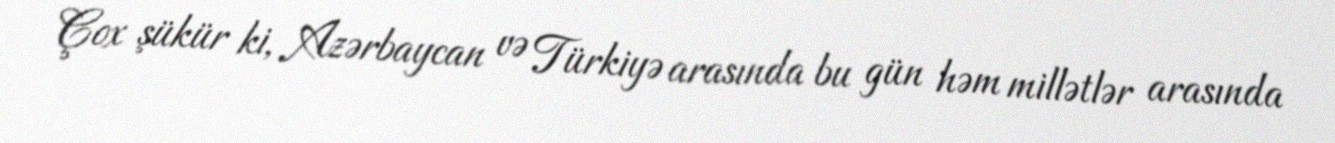
Çox şükür ki, Azərbaycan və Türkiyə arasında bu gün həm millətlər arasında